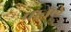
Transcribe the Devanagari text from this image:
चानले